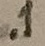
Text: .1